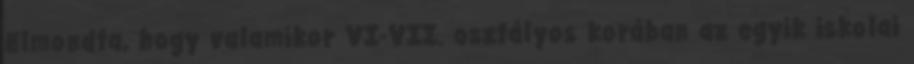
Elmondta, hogy valamikor VI-VII. osztályos korában az egyik iskolai